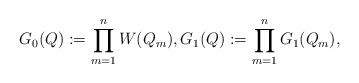
LaTeX: \begin{align*} G_{0}(Q) : = \prod _{m=1} ^n W(Q_m), G_{1}(Q) : = \prod _{m=1} ^n G_{1}(Q_m),\end{align*}